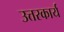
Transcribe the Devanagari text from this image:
उत्तरकार्य